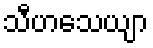
သီဟသေယျာ